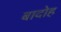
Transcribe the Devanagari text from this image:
बादोह